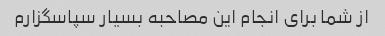
از شما برای انجام این مصاحبه بسیار سپاسگزارم